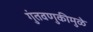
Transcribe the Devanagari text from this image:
गुंतवणुकीमुळे